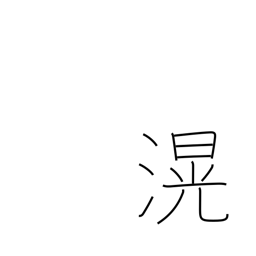
Meaning: deep and broad (water)